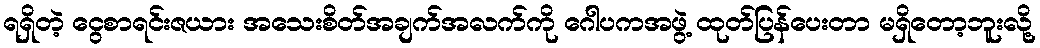
ရရှိတဲ့ ငွေစာရင်းဇယား အသေးစိတ်အချက်အလက်ကို ဂေါပကအဖွဲ့ ထုတ်ပြန်ပေးတာ မရှိတော့ဘူးလို့